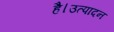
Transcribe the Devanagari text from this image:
है।उत्पादन